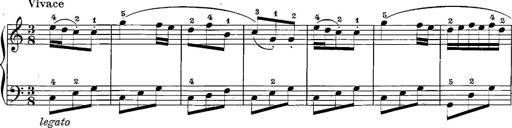
Title: 12 Sonatinas
Composer: Ignaz Pleyel